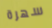
سهرة